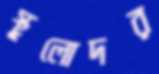
স্থূলোদর